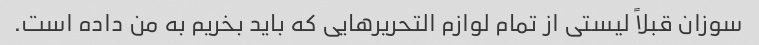
سوزان قبلاً لیستی از تمام لوازم التحریرهایی که باید بخریم به من داده است.